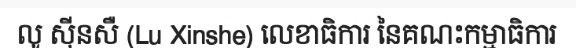
លូ ស៊ីនសឺ (Lu Xinshe) លេខាធិការ នៃគណះកម្មាធិការ